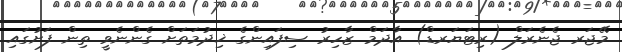
މޭޖަރ ޖެނެރަލް (ރިޓަޔަރޑް) އާދަމް ޒާހިރު ސިފައިންގެ ޚިދުމަތަށް ގެންނެވީ ތިން ފަށުގައި